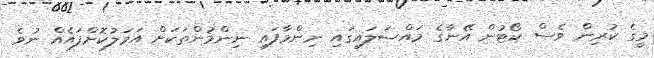
މީގެ ކުރިން ވެސް ކޯޓުން އޭނާގެ މައްސަލައިގައި ނިންމާފައި ނިންމުންތަކަށް އަމަލުކޮށްފައެއް ނުވެ